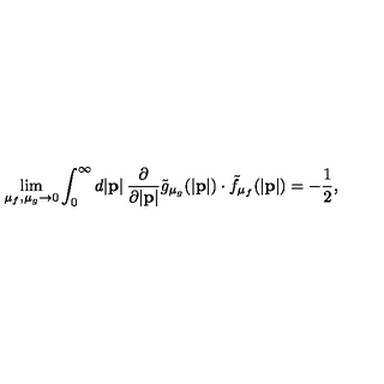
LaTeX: \lim _ { \mu _ { f } , \mu _ { g } \to 0 } \int _ { 0 } ^ { \infty } d | { \bf p } | \: \frac { \partial } { \partial | { \bf p } | } { \tilde { g } } _ { { \mu } _ { g } } ( | { \bf p } | ) \cdot { \tilde { f } } _ { { \mu } _ { f } } ( | { \bf p } | ) = - \frac { 1 } { 2 } ,